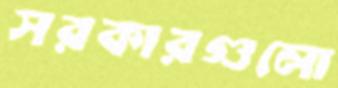
সরকারগুলো